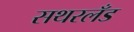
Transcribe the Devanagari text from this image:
सथरलँड